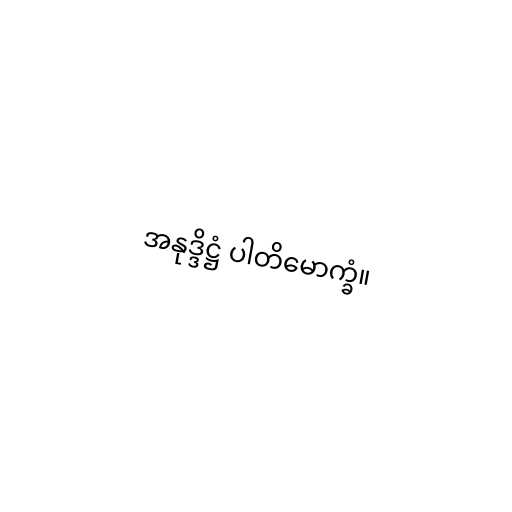
အနုဒ္ဒိဋ္ဌံ ပါတိမောက္ခံ။